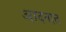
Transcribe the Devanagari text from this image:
आदनात